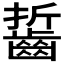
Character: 𪘔